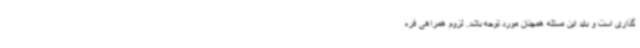
گذاری است و باید این مسئله همچنان مورد توجه باشد. لزوم همراهی فره